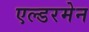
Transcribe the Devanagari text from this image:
एल्डरमेन